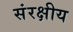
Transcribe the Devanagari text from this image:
संरक्षीय